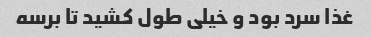
غذا سرد بود و خیلی طول کشید تا برسه